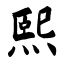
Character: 熙